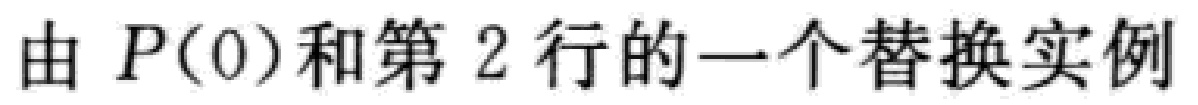
由 \(P(0)\)和第 2 行的一个替换实例